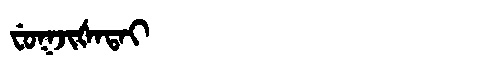
Manchu: ᠸᡠᡴᠵᡳᡧᠠᡨᠠᡳ
Romanization: FUKJIŠATAI